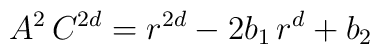
A^{2}\,C^{2d}=r^{2d}-2b_{1}\,r^{d}+b_{2}